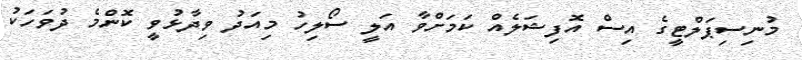
މުނިސިޕަލްޓީގެ އިސް އޮފިޝަލެއް ކަމަށްވާ އަލީ ސޯލިހު މިއަދު ވިދާޅުވީ ކޮންމެ ދުވަހަކު